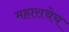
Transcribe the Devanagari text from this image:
महाराचेच